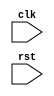
module timing_controller (
    input wire clk,
    input wire rst,
    // Add module ports here
);

// Clock signal generation module
always @(posedge clk or negedge rst) begin
    if (!rst) begin
        // Reset logic
    end else begin
        // Clock generation logic
    end
end


// Data synchronization module
always @(posedge clk or negedge rst) begin
    if (!rst) begin
        // Reset logic
    end else begin
        // Synchronization logic
    end
end

// Arbitration and contention resolution module
always @(posedge clk or negedge rst) begin
    if (!rst) begin
        // Reset logic
    end else begin
        // Arbitration and contention resolution logic
    end
end

// Other modules for handling data packets, Ethernet protocol specifications, etc.

endmodule